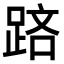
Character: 𨁮